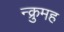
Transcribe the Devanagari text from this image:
न्क्रुमह